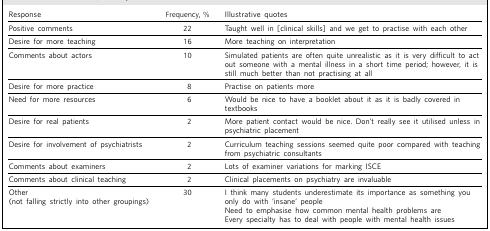
<table><thead><tr><td><b>Response</b></td><td><b>Frequency, %</b></td><td><b>Illustrative quotes</b></td></tr></thead><tbody><tr><td>Positive comments</td><td>22</td><td>Taught well in [clinical skills] and we get to practise with each other</td></tr><tr><td>Desire for more teaching</td><td>16</td><td>More teaching on interpretation</td></tr><tr><td>Comments about actors</td><td>10</td><td>Simulated patients are often quite unrealistic as it is very difficult to act out someone with a mental illness in a short time period; however, it is still much better than not practising at all</td></tr><tr><td>Desire for more practice</td><td>8</td><td>Practise on patients more</td></tr><tr><td>Need for more resources</td><td>6</td><td>Would be nice to have a booklet about it as it is badly covered in textbooks</td></tr><tr><td>Desire for real patients</td><td>2</td><td>More patient contact would be nice. Don’t really see it utilised unless in psychiatric placement</td></tr><tr><td>Desire for involvement of psychiatrists</td><td>2</td><td>Curriculum teaching sessions seemed quite poor compared with teaching from psychiatric consultants</td></tr><tr><td>Comments about examiners</td><td>2</td><td>Lots of examiner variations for marking ISCE</td></tr><tr><td>Comments about clinical teaching</td><td>2</td><td>Clinical placements on psychiatry are invaluable</td></tr><tr><td>Other (not falling strictly into other groupings)</td><td>30</td><td>I think many students underestimate its importance as something you only do with ‘insane’ people Need to emphasise how common mental health problems are Every specialty has to deal with people with mental health issues</td></tr></tbody></table>